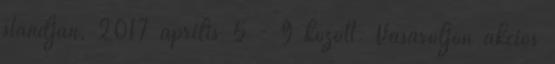
standján, 2017 április 5 - 9 között. Vásároljon akciós